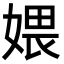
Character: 㛱